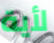
لأية